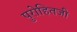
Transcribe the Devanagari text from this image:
पुरोहितजी